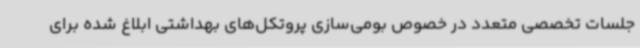
جلسات تخصصی متعدد در خصوص بومی‌سازی پروتکل‌های بهداشتی ابلاغ شده برای